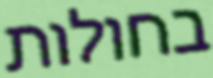
בחולות